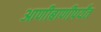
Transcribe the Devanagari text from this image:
आणीबाणीपर्यंत